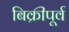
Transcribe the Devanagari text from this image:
बिक्रीपूर्व